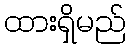
ထားရှိမည်